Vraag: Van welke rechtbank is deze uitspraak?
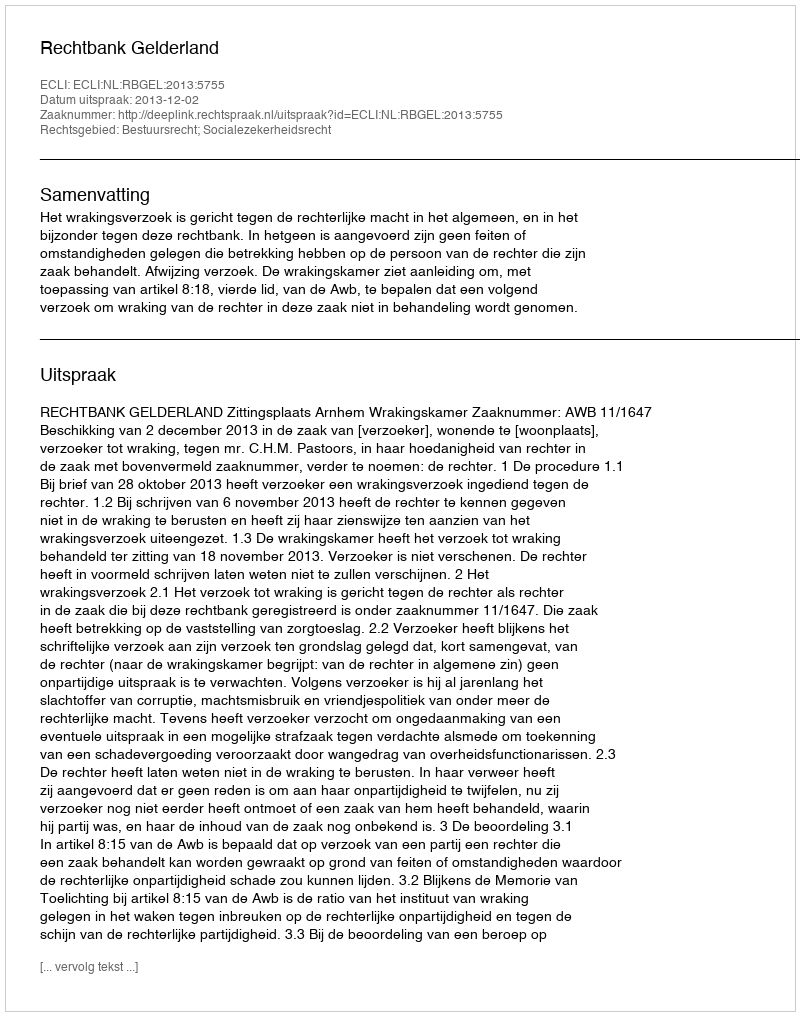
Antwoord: Rechtbank Gelderland